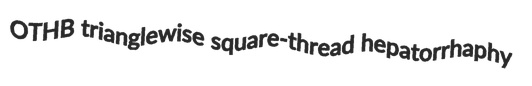
OTHB trianglewise square-thread hepatorrhaphy